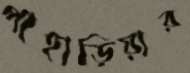
পাহাড়িয়ার